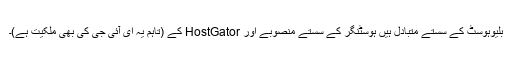
بلیوہوسٹ کے سستے متبادل ہیں ہوسٹنگر کے سستے منصوبے اور HostGator کے (تاہم یہ ای آئی جی کی بھی ملکیت ہے)۔